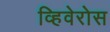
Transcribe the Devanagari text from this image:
व्हिवेरोस